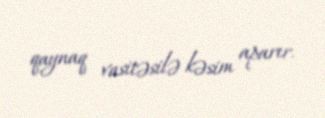
qaynaq vasitəsilə kəsim aparır.